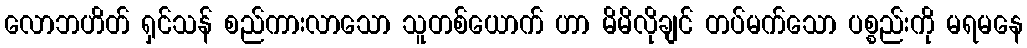
လောဘဟိတ် ရှင်သန် စည်ကားလာသော သူတစ်ယောက် ဟာ မိမိလိုချင် တပ်မက်သော ပစ္စည်းကို မရမနေ